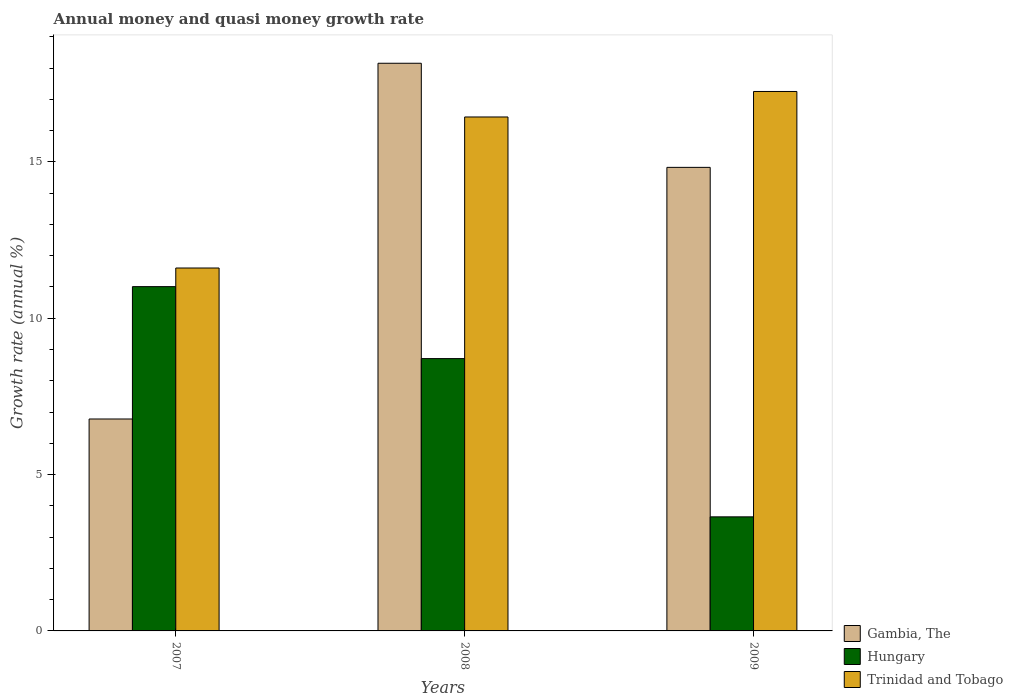
| Years | Gambia, The | Hungary | Trinidad and Tobago |
 | --- | --- | --- | --- |
 | 2007 | 6.78 | 11 | 11.6 |
 | 2008 | 18.2 | 8.71 | 16.4 |
 | 2009 | 14.8 | 3.65 | 17.3 |